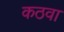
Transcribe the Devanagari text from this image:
कठवा